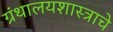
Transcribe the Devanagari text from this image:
ग्रंथालयशास्त्राचे